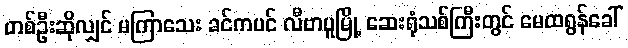
တစ်ဦးဆိုလျှင် မကြာသေး ခင်ကပင် လီဗာပူမြို့ ဆေးရုံသစ်ကြီးတွင် မေထရွန်ခေါ်